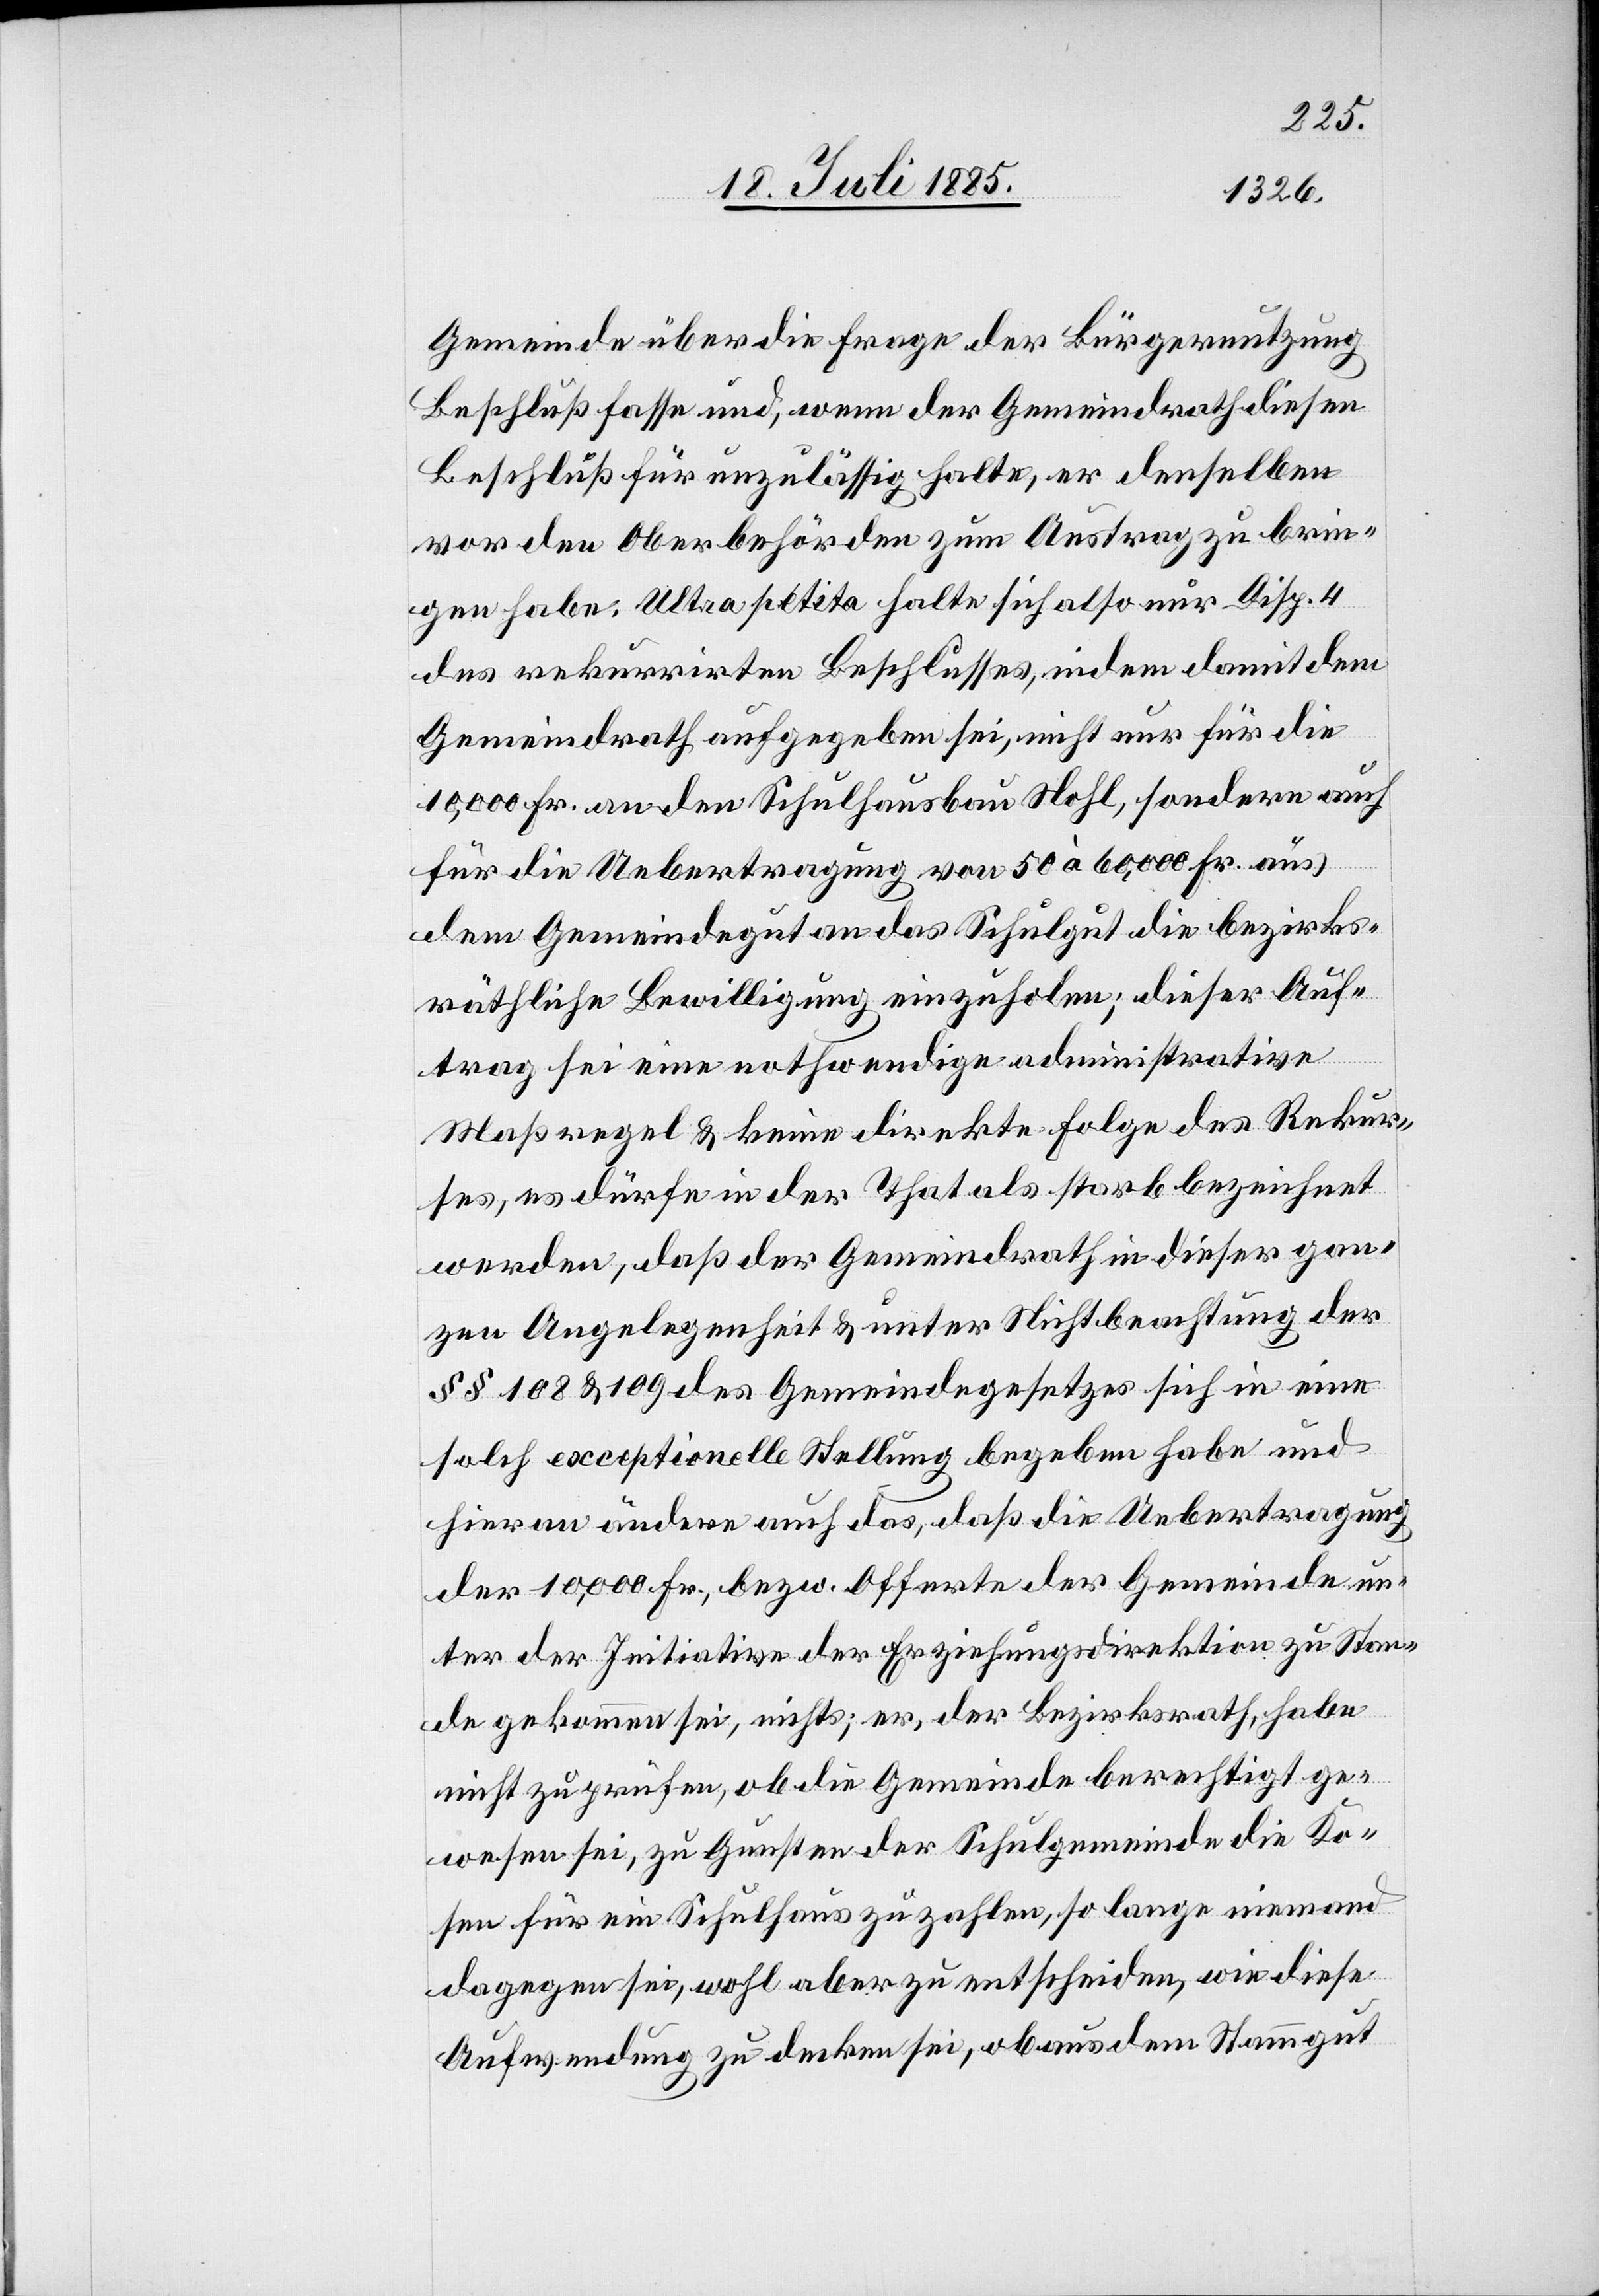
Gemeinde über die Frage der Bürgernutzung
Beschluß fasse und, wenn der Gemeindrath diesen
Beschluß für unzulässig halte, er denselben
vor den Oberbehörden zum Austrag zu brin¬
gen habe. Ultra petita halte sich also nur Disp. 4
des rekurrirten Beschlusses, indem damit dem
Gemeindrath aufgegeben sei, nicht nur für die
10,000 Fr. an den Schulhausbau Nohl, sondern auch
für die Uebertragung von 50 à 60,000 Fr. aus
dem Gemeindegut an das Schulgut die bezirks¬
räthliche Bewilligung einzuholen; dieser Auf¬
trag sei eine nothwendige administrative
Maßregel & keine direkte Folge des Rekur¬
ses, es dürfe in der That als stark bezeichnet
werden, daß der Gemeindrath dieser gan¬
zen Angelegenheit & unter Nichtbeachtung der
§§ 108 & 109 des Gemeindegesetzes sich in eine
solch exceptionelle Stellung begeben habe und
hieran ändere auch das, daß die Uebertragung
der 10,000 Fr, bezw. Offerte der Gemeinde un¬
ter der Initiative der Erziehungsdirektion zu Stan¬
de gekommen sei, nichts; er, der Bezirksrath, habe
nicht zu prüfen, ob die Gemeinde berechtigt ge¬
wesen sei, zu Gunsten der Schulgemeinde die Ko¬
sten für ein Schulhaus zu zahlen, so lange niemand
dagegen sei, wohl aber zu entscheiden, wie diese
Aufwendung zu decken sei, ob aus dem Stammgut